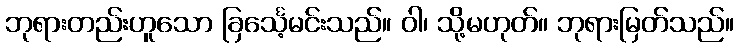
ဘုရားတည်းဟူသော ခြင်္သေ့မင်းသည်။ ဝါ၊ သို့မဟုတ်။ ဘုရားမြတ်သည်။